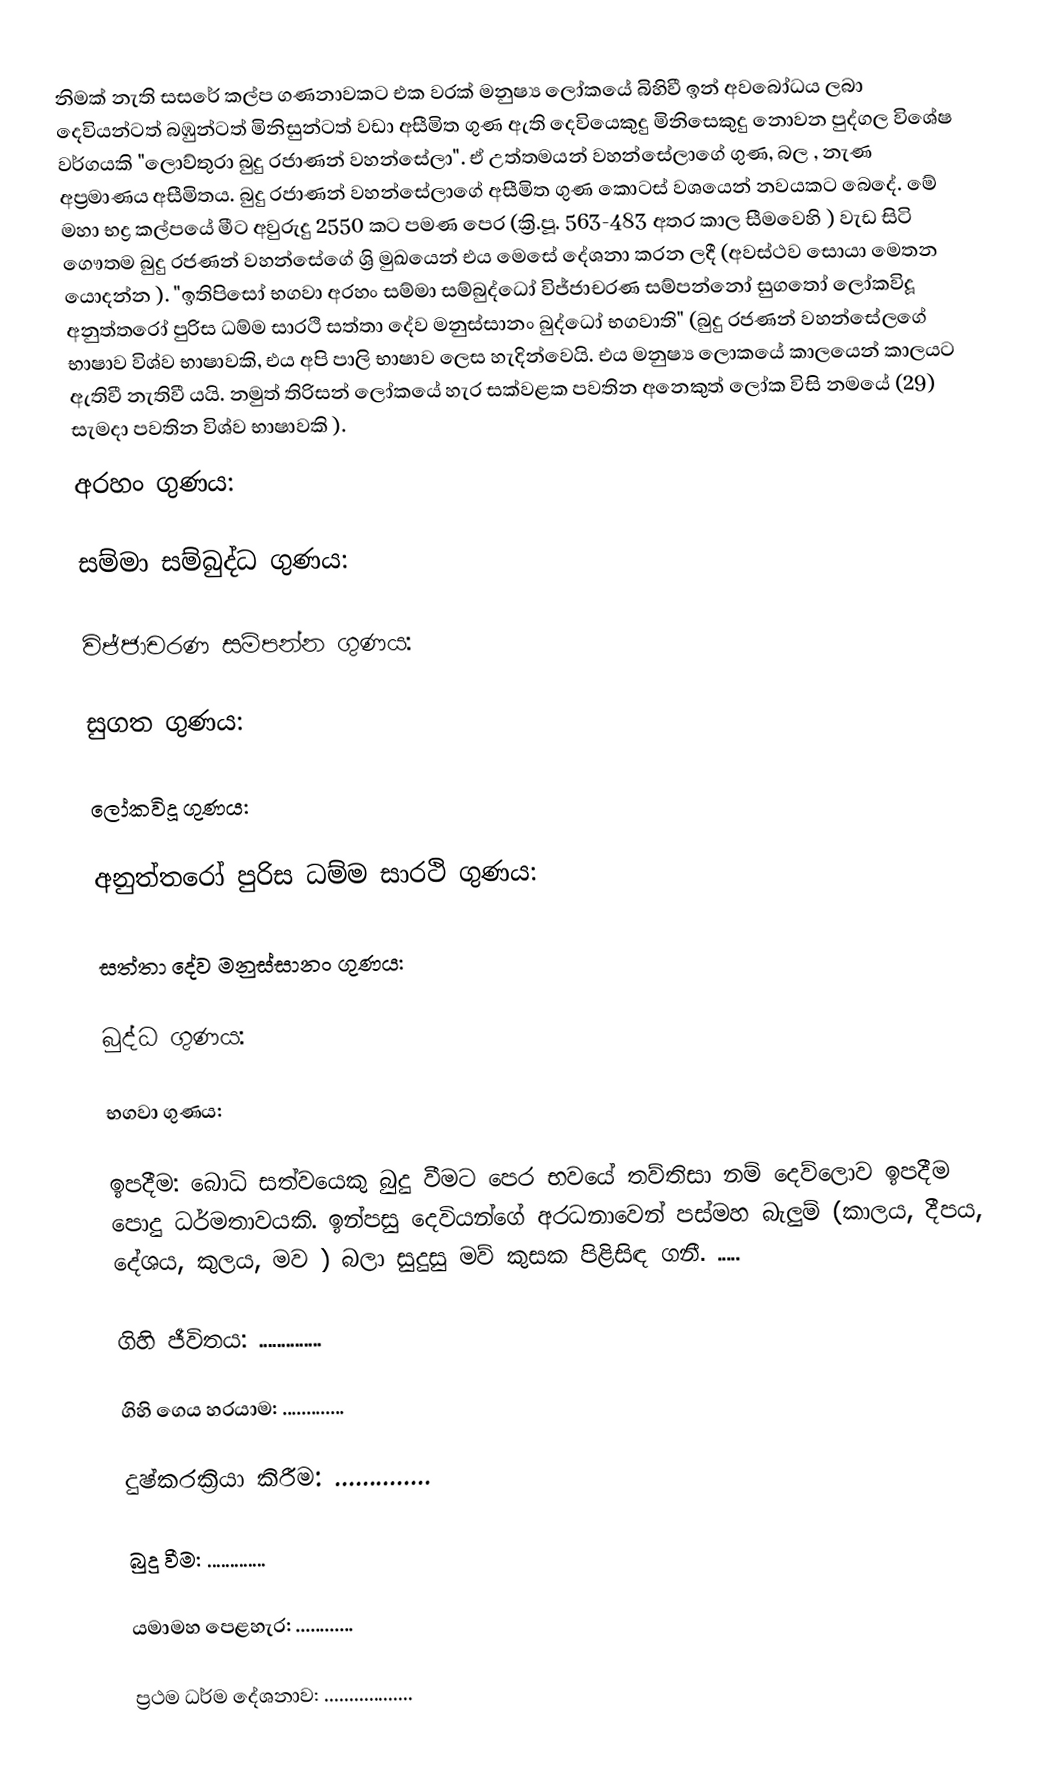
නිමක් නැති සසරේ කල්ප ගණනාවකට එක වරක් මනුෂ්‍ය ලෝකයේ බිහිවී ඉන් අවබෝධය ලබා දෙවියන්ටත් බඹුන්ටත් මිනිසුන්ටත් වඩා අසීමිත ගුණ ඇති දෙවියෙකුදු මිනිසෙකුදු නොවන පුද්ගල විශේෂ වර්ගයකි "ලොව්තුරා බුදු රජාණන් වහන්සේලා". ඒ උත්තමයන් වහන්සේලාගේ ගුණ, බල , නැණ අප්‍රමාණය අසීමිතය. බුදු රජාණන් වහන්සේලාගේ අසීමිත ගුණ කොටස් වශයෙන් නවයකට බෙදේ. මේ මහා භද්‍ර කල්පයේ මීට අවුරුදු 2550 කට පමණ පෙර (ක්‍රි.පූ. 563-483 අතර කාල සීමවෙහි ) වැඩ සිටි ගෞතම බුදු රජණන් වහන්සේගේ ශ්‍රි මුඛයෙන් එය මෙසේ දේශනා කරන ලදී (අවස්ථව සොයා මෙතන යොදන්න ). "ඉතිපිසෝ භගවා අරහං සම්මා සම්බුද්ධෝ විජ්ජාචරණ සම්පන්නෝ සුගතෝ ලෝකවිදූ අනුත්තරෝ පුරිස ධම්ම සාරථි සත්තා දේව මනුස්සානං බුද්ධෝ භගවාති" (බුදු රජණන් වහන්සේලගේ භාෂාව විශ්ව භාෂාවකි, එය අපි පාලි භාෂාව ලෙස හැදින්වෙයි. එය මනුෂ්‍ය ලොකයේ කාලයෙන් කාලයට ඇතිවී නැතිවී යයි. නමුත් තිරිසන් ලෝකයේ හැර සක්වළක පවතින අනෙකුත් ලෝක විසි නමයේ (29) සැමදා පවතින විශ්ව භාෂාවකි ).
අරහං ගුණය:

සම්මා සම්බුද්ධ ගුණය:

විජ්ජාචරණ සම්පන්න ගුණය:

සුගත ගුණය:

ලෝකවිදූ ගුණය:

අනුත්තරෝ පුරිස ධම්ම සාරථි ගුණය:

සත්තා දේව මනුස්සානං ගුණය:

බුද්ධ ගුණය:

භගවා ගුණය:

ඉපදීම: බොධි සත්වයෙකු බුදු වීමට පෙර භවයේ තව්තිසා නම් දෙව්ලොව ඉපදීම පොදු ධර්මතාවයකි. ඉන්පසු දෙවියන්ගේ අරධනාවෙන් පස්මහ බැලුම් (කාලය, දීපය, දේශය, කුලය, මව ) බලා සුදුසු මව් කුසක පිළිසිඳ ගනී. .....

ගිහි ජීවිතය: ..............

ගිහි ගෙය හරයාම: .............

දුෂ්කරක්‍රියා කිරීම: ..............

බුදු වීම: .............

යමාමහ පෙළහැර: ............

ප්‍රථම ධර්ම දේශනාව: ..................